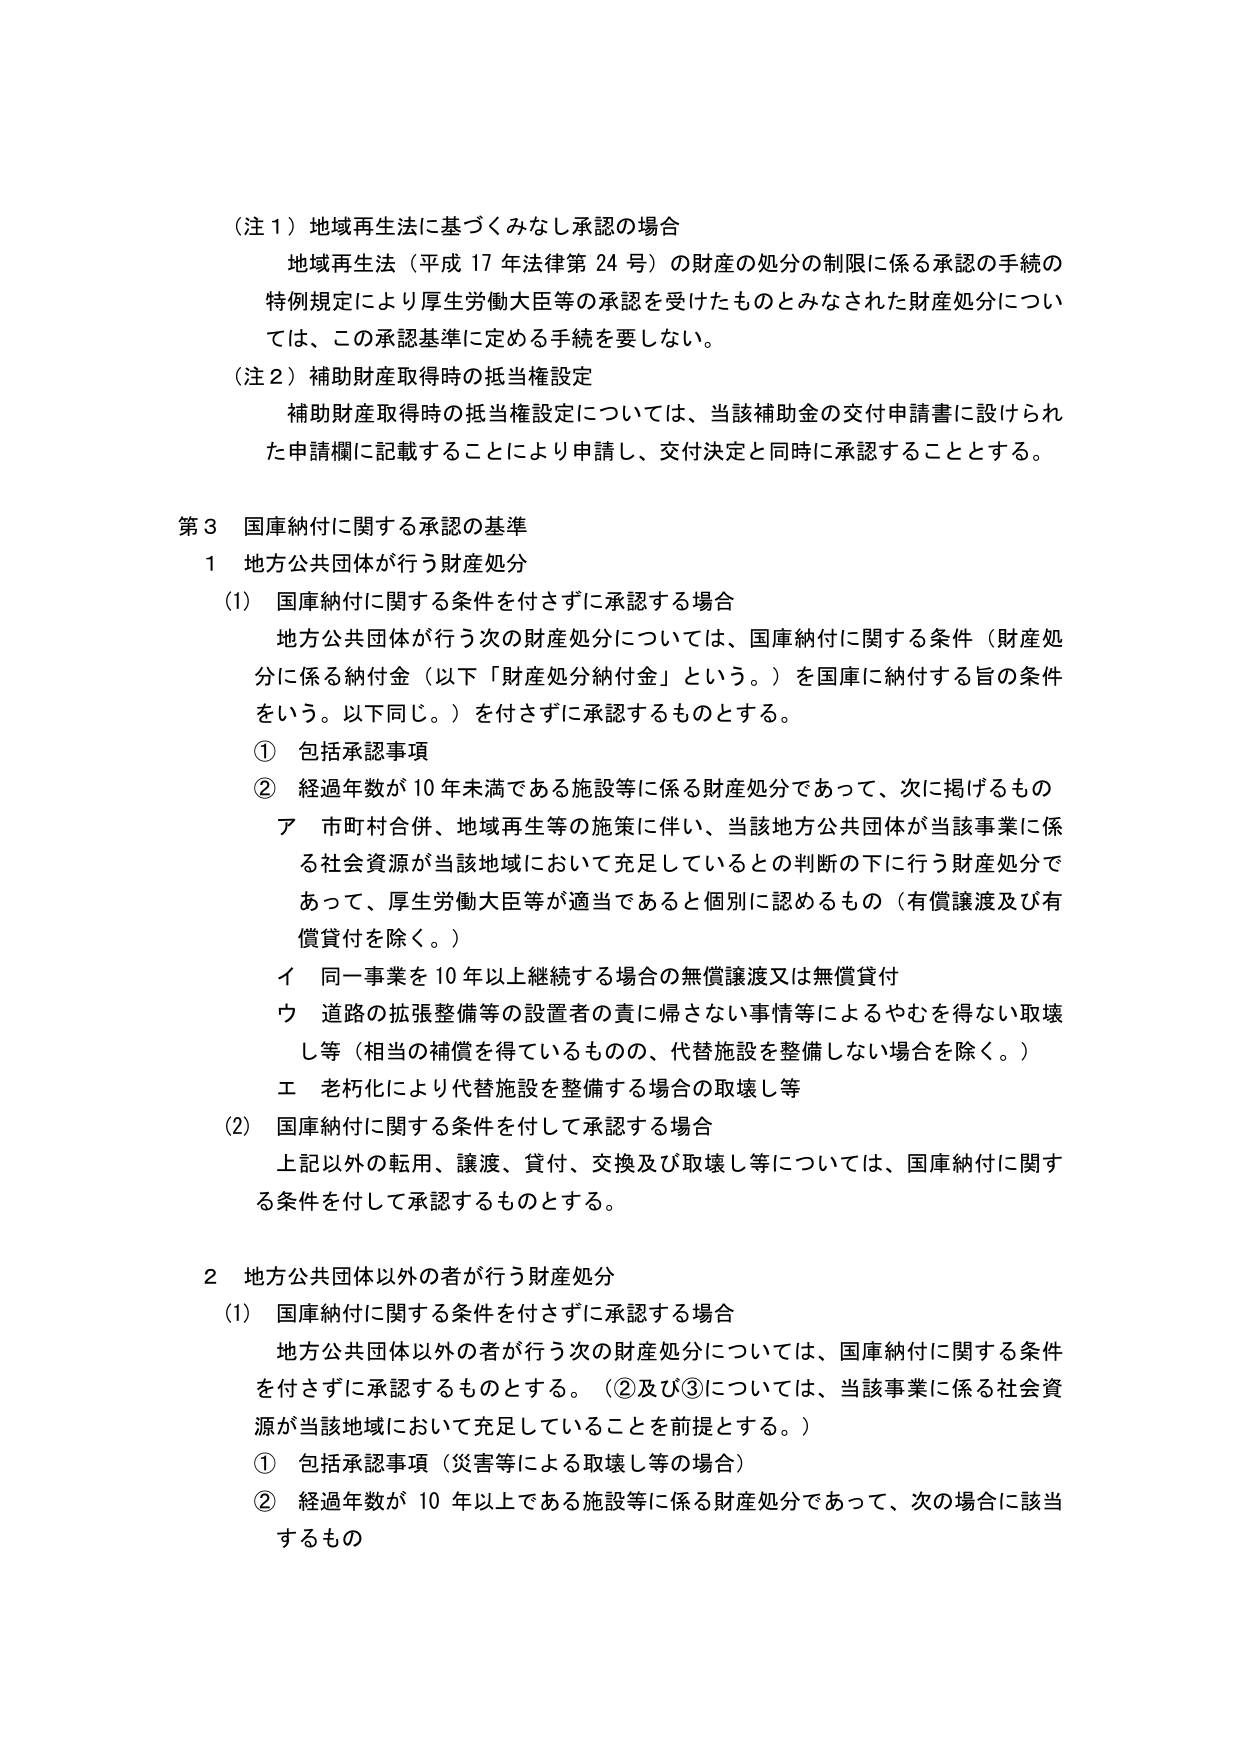
（注１）地域再生法に基づくみなし承認の場合
地域再生法（平成17年法律第24号）の財産の処分の制限に係る承認の手続の
特例規定により厚生労働大臣等の承認を受けたものとみなされた財産処分につい
ては、この承認基準に定める手続を要しない。

（注２）補助財産取得時の抵当権設定
補助財産取得時の抵当権設定については、当該補助金の交付申請書に設けられ
た申請欄に記載することにより申請し、交付決定と同時に承認することとする。

第３ 国庫納付に関する承認の基準
１ 地方公共団体が行う財産処分
（1） 国庫納付に関する条件を付さずに承認する場合
地方公共団体が行う次の財産処分については、国庫納付に関する条件（財産処
分に係る納付金（以下「財産処分納付金」という。）を国庫に納付する旨の条件
をいう。以下同じ。）を付さずに承認するものとする。
① 包括承認事項
② 経過年数が10年未満である施設等に係る財産処分であって、次に掲げるもの
ア 市町村合併、地域再生等の施策に伴い、当該地方公共団体が当該事業に係
る社会資源が当該地域において充足しているとの判断の下に行う財産処分で
あって、厚生労働大臣等が適当であると個別に認めるもの（有償譲渡及び有
償貸付を除く。）
イ 同一事業を10年以上継続する場合の無償譲渡又は無償貸付
ウ 道路の拡張整備等の設置者の責に帰さない事情等によるやむを得ない取壊
し等（相当の補償を得ているものの、代替施設を整備しない場合を除く。）
エ 老朽化により代替施設を整備する場合の取壊し等
（2） 国庫納付に関する条件を付して承認する場合
上記以外の転用、譲渡、貸付、交換及び取壊し等については、国庫納付に関す
る条件を付して承認するものとする。

２ 地方公共団体以外の者が行う財産処分
（1） 国庫納付に関する条件を付さずに承認する場合
地方公共団体以外の者が行う次の財産処分については、国庫納付に関する条件
を付さずに承認するものとする。（②及び③については、当該事業に係る社会資
源が当該地域において充足していることを前提とする。）
① 包括承認事項（災害等による取壊し等の場合）
② 経過年数が10年以上である施設等に係る財産処分であって、次の場合に該当
するもの